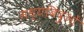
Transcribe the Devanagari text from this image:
मध्यबिंदुओं